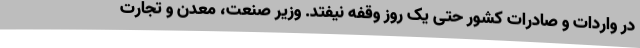
در واردات و صادرات کشور حتی یک روز وقفه نیفتد. وزیر صنعت، معدن و تجارت